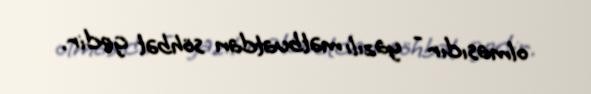
olmasıdır - yazılı mətbuatdan söhbət gedir.